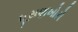
ઘૂસણખોરો